Bréfritari: Jónatan Þorláksson
Viðtakandi: Jón Borgfirðings Jónsson
Dagsetning: A-1866-05-12
Skrifað á: Þórðarstöðum  S-Þing.

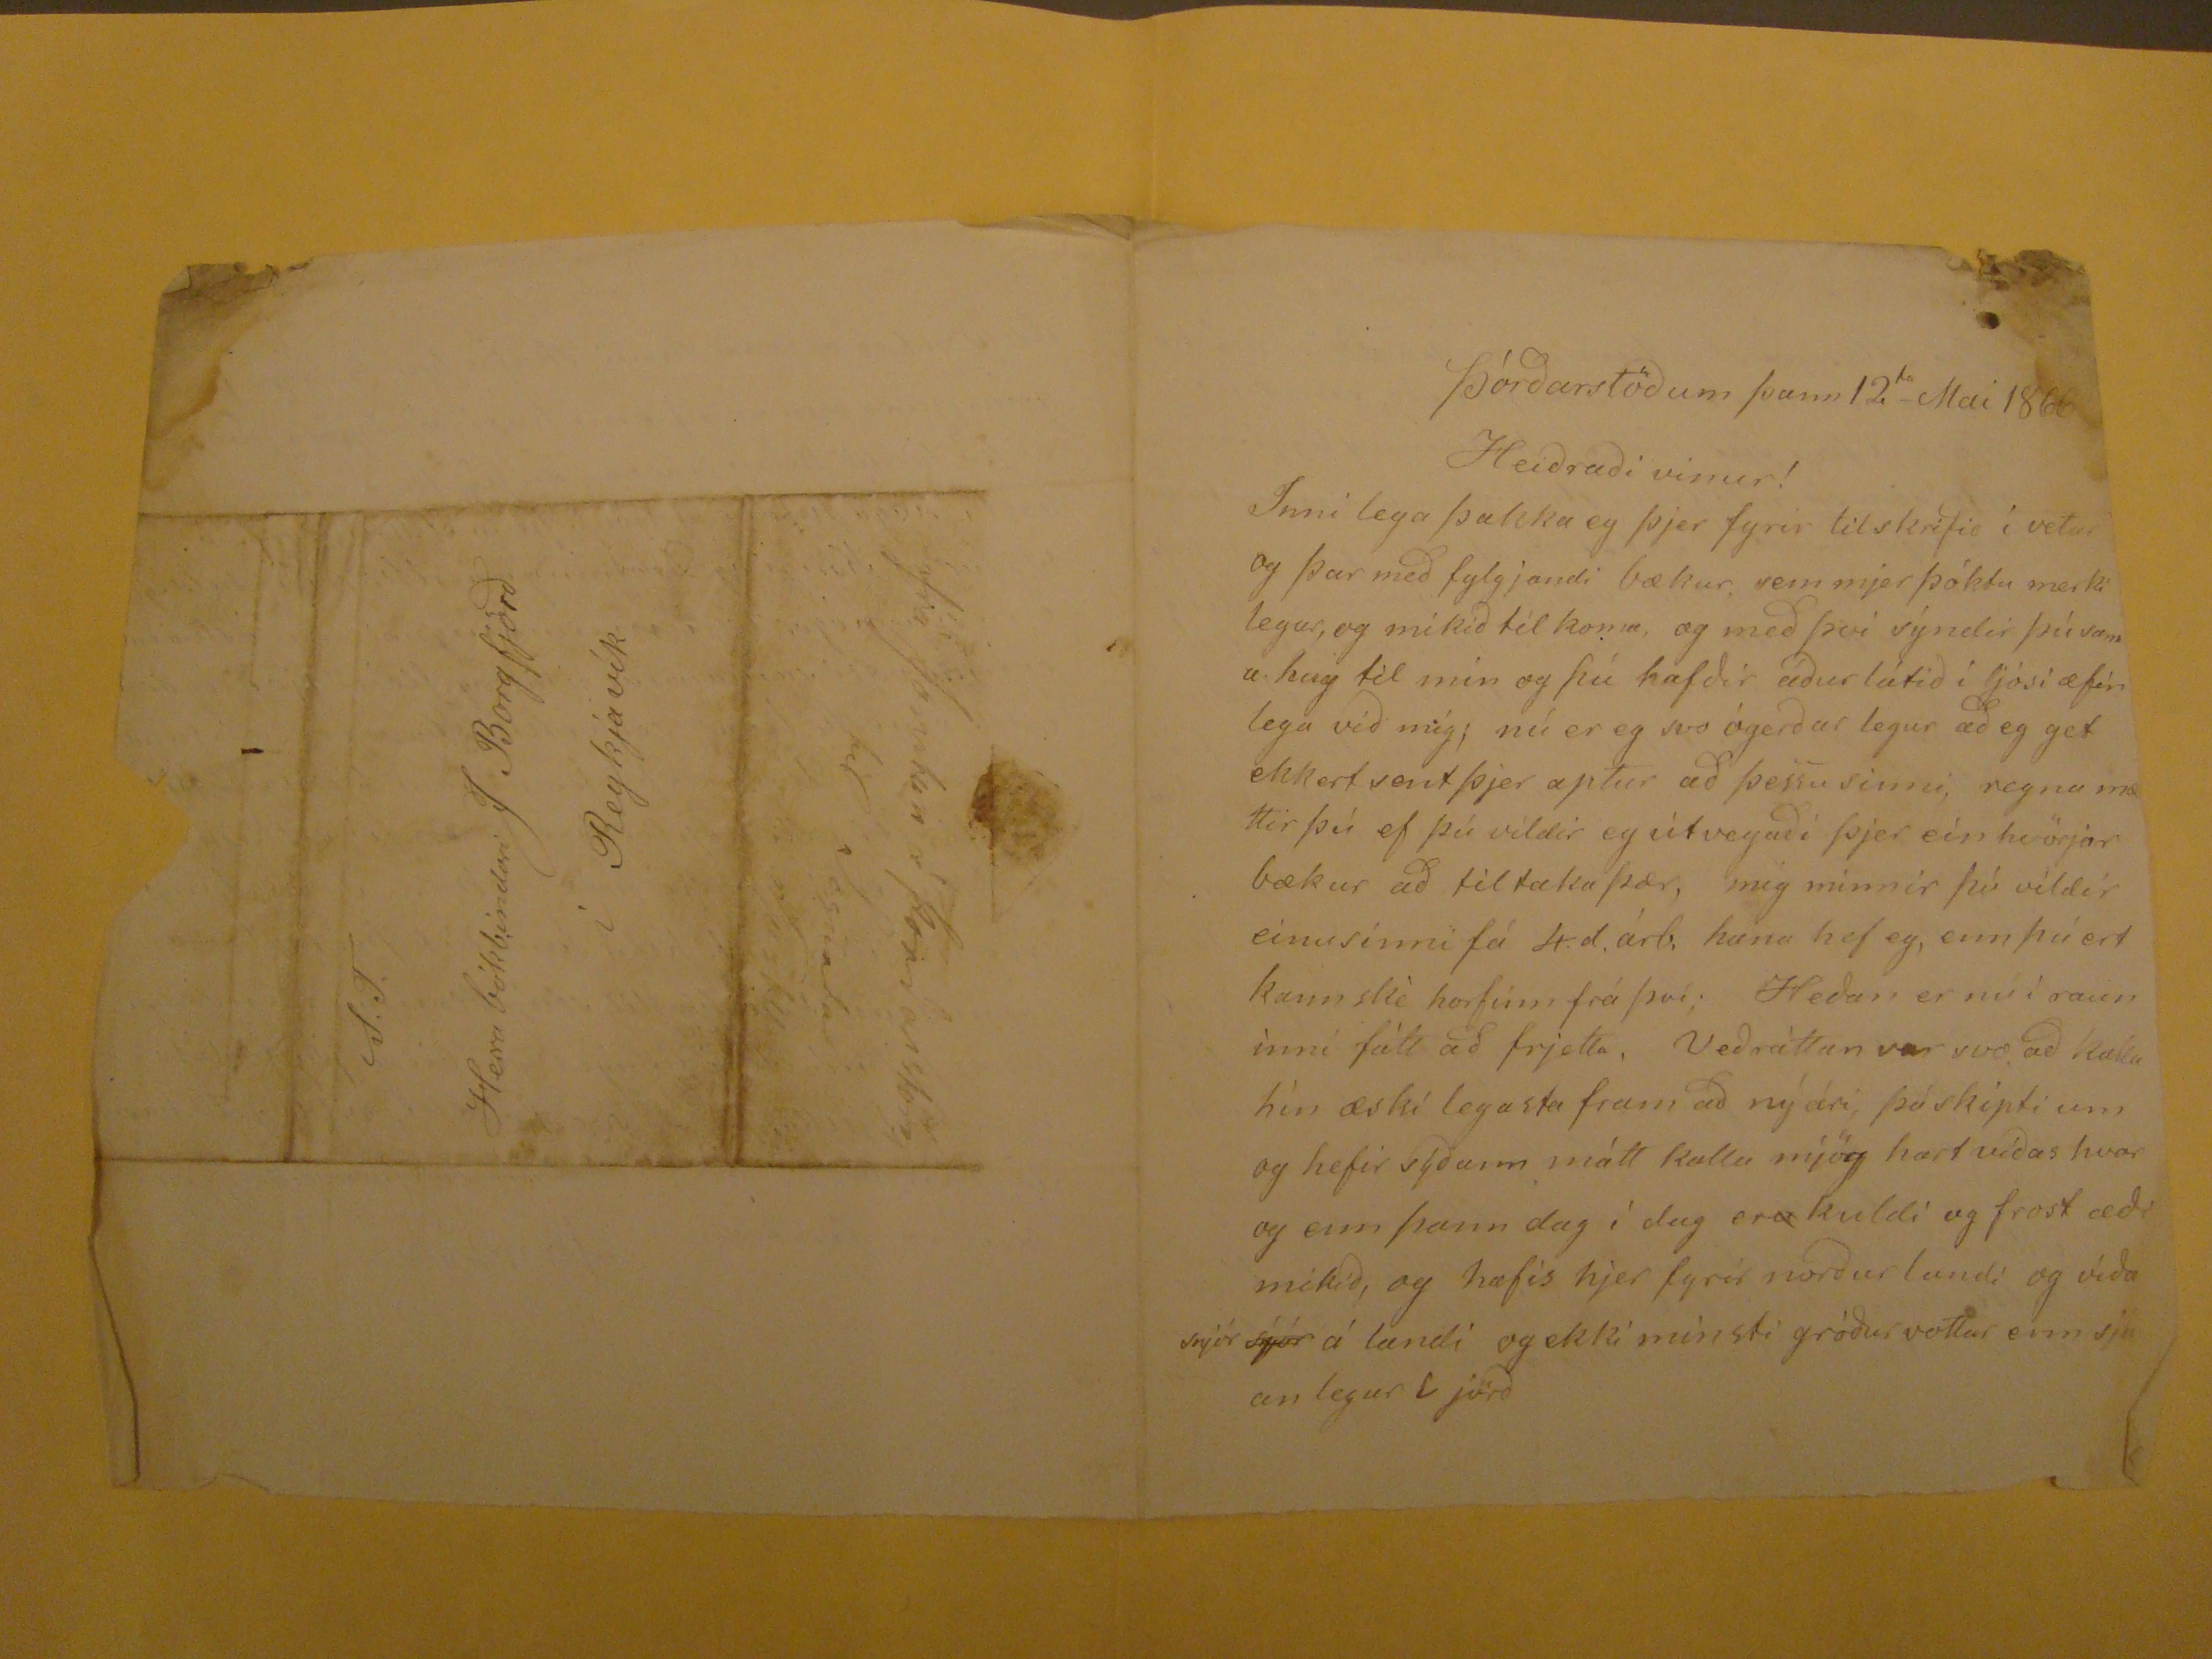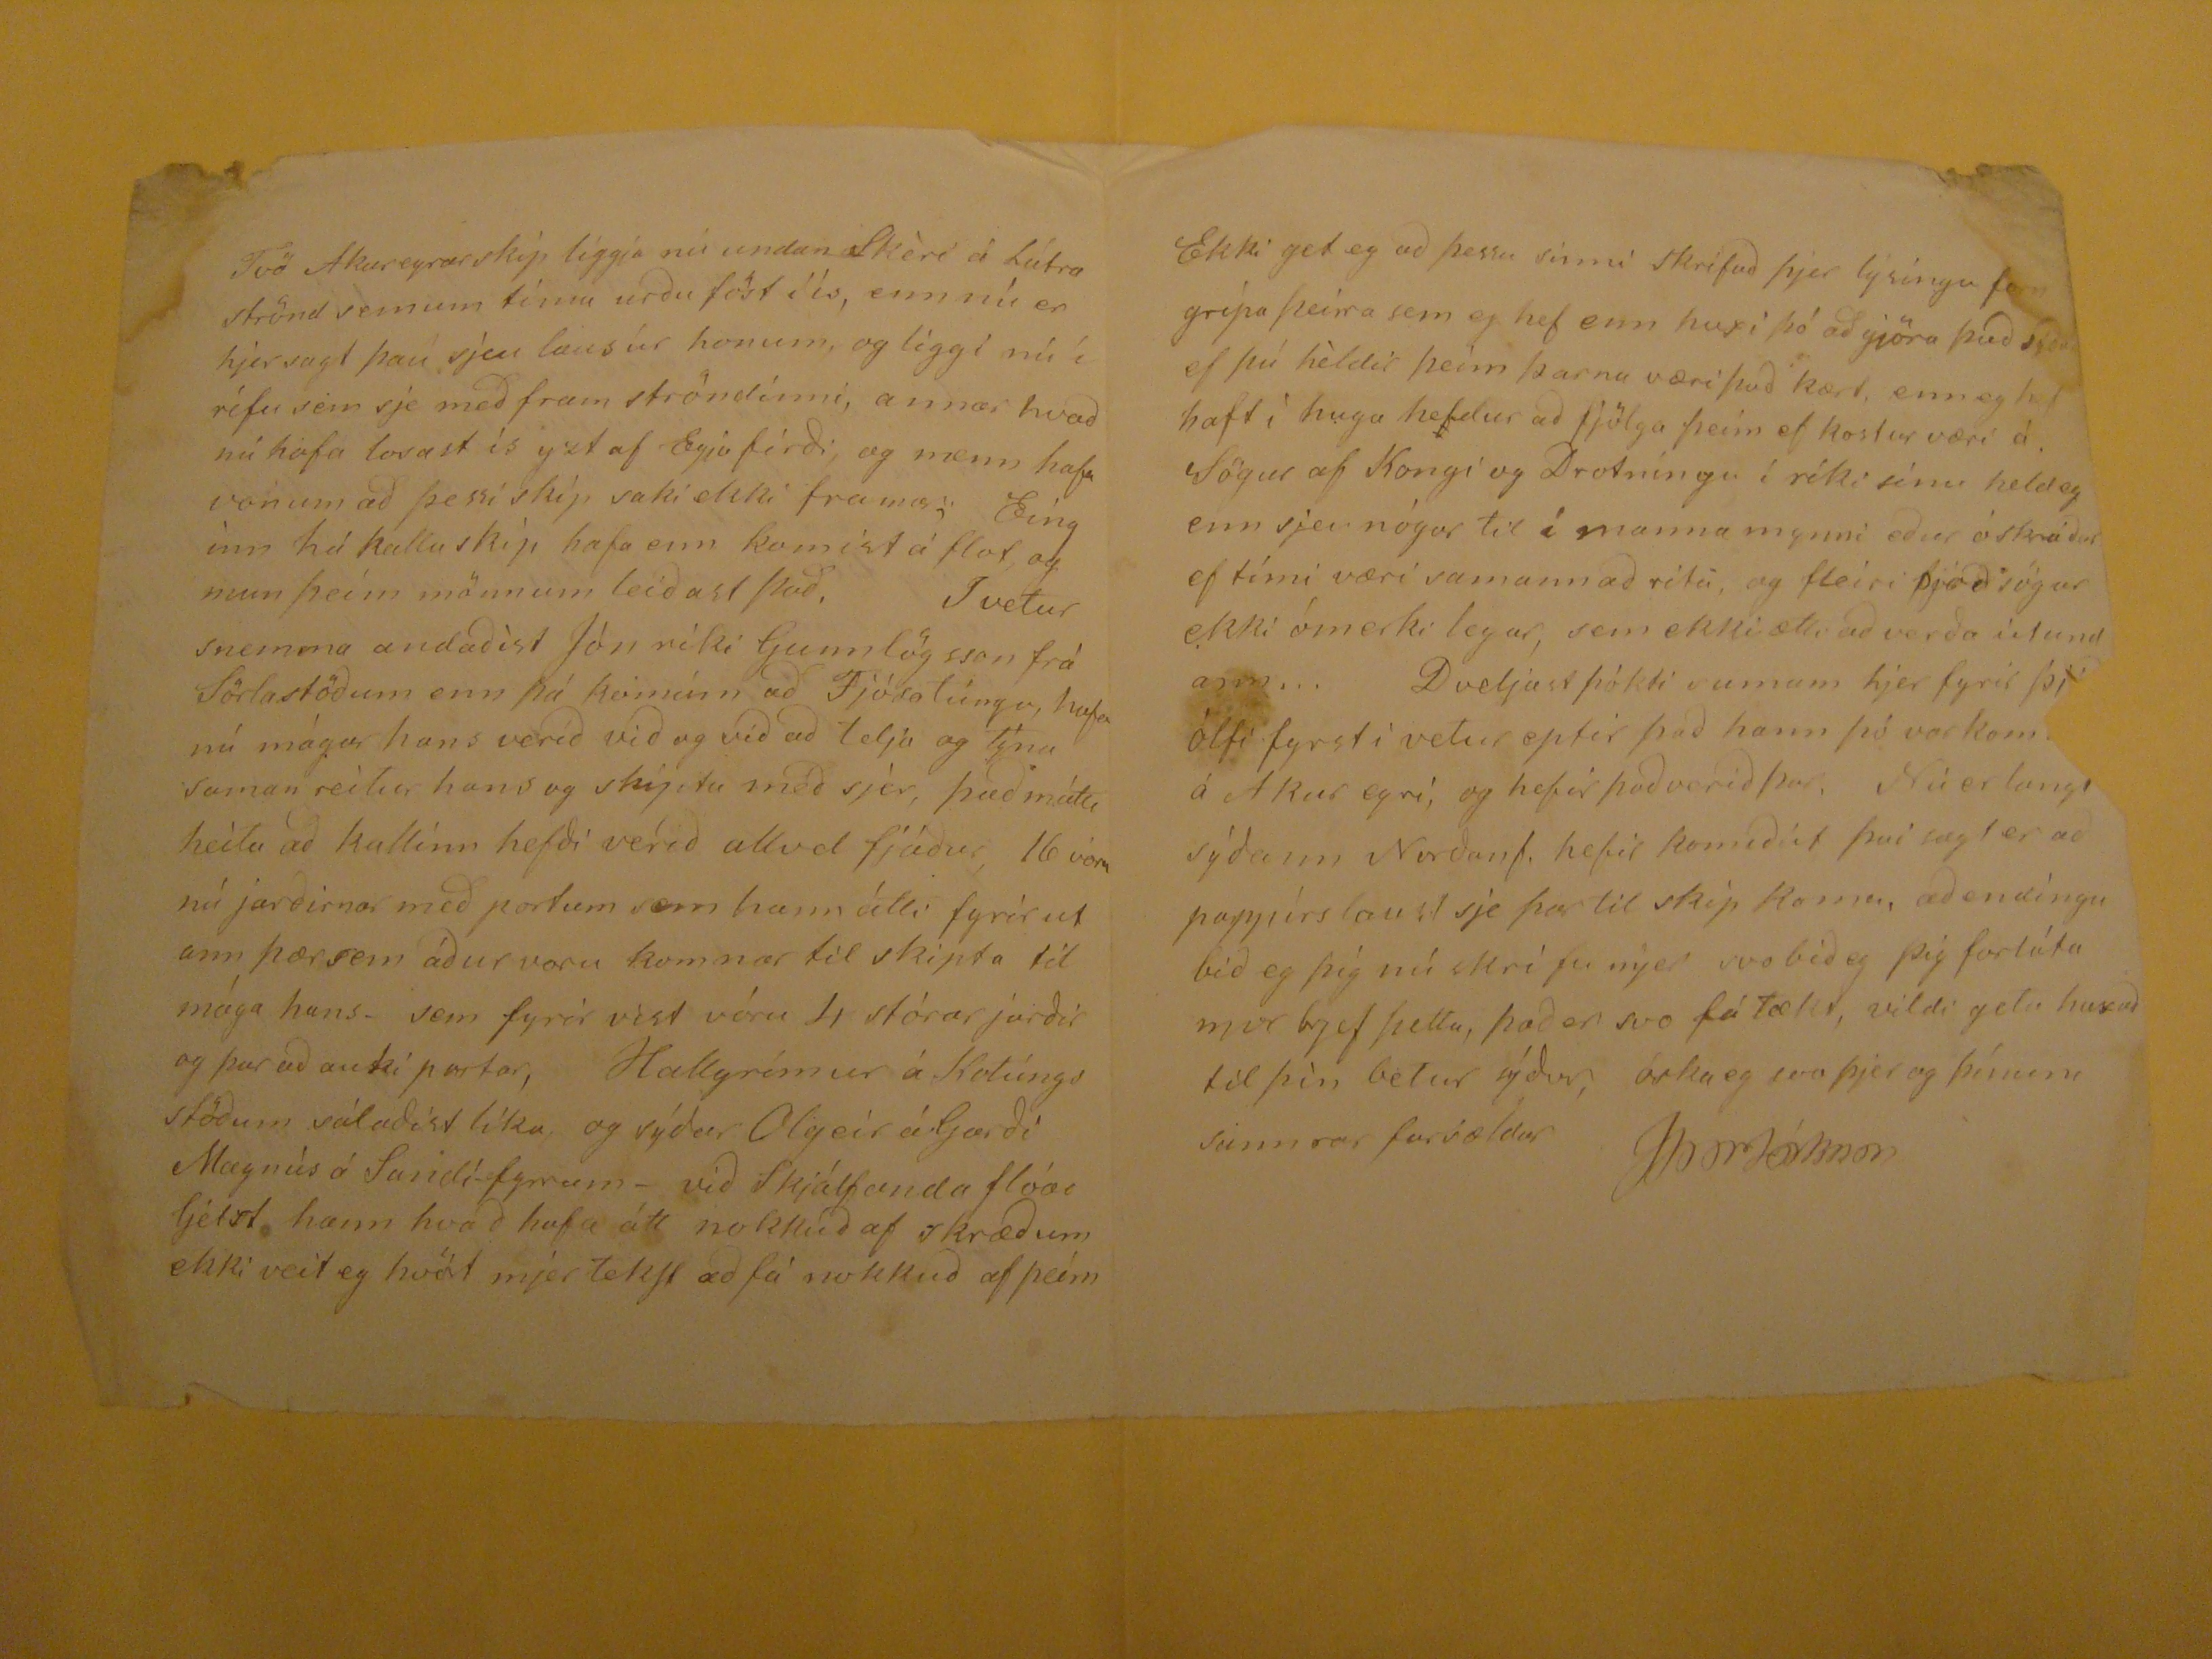

Þórðarstöðum þann 12
ta
Mai 1866
Heiðraði vinur!
Innilega þakka eg þjer fyrir tilskrifið í vetur og þar með fylgjandi bækur, sem mjer þóktu merkilegar, og mikið til koma, og með því sýndir þú sama hug til mín og þú hafðir áður látið í ljósi æfinlega við mig; nú er eg svo ógerðar legur að eg get ekkert sent þjer aptur að þessu sinni, reyna mættir þú ef þú vildir eg útvegaði þjer ein hvörjar bækur að tiltaka þær, mig minnir þú vildir einusinni fá
4.d.árb.
hana hef eg, enn þú ert kannské horifnn frá því; Heðan er nú i rauninni fátt að frjetta, Veðráttan var svo að kalla hín æskí legasta fram að nýári, þó skipti um og hefir sýðann mátt kalla jög hart víðas hvar og enn þann dag í dag er
u
kuldi og frost æði mikið, og hafis hjer fyrir norður landi og víða snjór
sjór
á landi og ekki minsti gróður vottur enn sjáanlegur í jörð
Tvö Akureyrarskip liggja nú undan Skéri á Látra strönd semum tíma urðu föst í ís, enn nú er hjersagt þau sjeu laus úr honum, og liggi nú í rífu sem sje með fram ströndinni, annar hvað nú hafa losast ís yzt af Eyjafirði, og menn hafa von um að þessi skip saki ekki framar, Einginn há kallaskip hafa enn komist á flot, og mun þeím mönnum leiðast það. I vetur snemma andaðist Jón ríki Gunnlögsson frá Sörlastöðum enn þá
komum
að Fjósatúngu, hafa nú mágar hans verið við og við að telja og
týna
saman reitur hans og skiptu með sjer, það mátti heita að kallinn hefði verið allvel fjáður, 16 voru nú jarðirnar með portum sem hann átti fyrir utann þær sem áður voru komnar til skipta til mága hans. sem fyrir víst vóru 4 stórar jarðir og þar að auki partar, Hallgrímur á Kotúngsstöðum sálaðist líka, og sýðar Olgeir á Garði Magnús á Sandi-fyrrum- við Skjálfanda flóa ljetst hann hvað hafa átt no0kkuð af skræðum ekki veit eg hvört mjer tekst að fá nokkuð af þeim
Ekki get eg að þessu sinni skrifað þjer lýsingu forngripa þeirra sem eg hef enn huxi þó að gjöra það
sýða
ef þú héldir þeim þarna væri það kært, enn eg hef haft í huga heldur að fjölga þeim ef kostur væri á. Sögur af Kongi og Drotningu í ríki sínu held eg enn sjeu nógar til í manna mynni eður óskráðar ef tími væri samannað rita, og fleiri Þjóðsögur ekki ómerki legar, sem ekki ætti að verða útundann... Dveljast þókti sumum hjer fyrir
Þjóðólfi
fyrsti vetur eptir það hann þó var kom
??
á Akureyri, og hefir það verið þar, Nú er langt sýðann Norðanf. hefir komiðút því sagt er að pappírs laust sje þar til skip koma, að endingu bið eg þig nú skrifa mjer svo bið eg þig forláta mjer brjef þetta, það er svo fátækt, vildi geta huxað til þín betur sýður, óska eg svo þjer og þínum sannrar forsældar
JÞorláksson
S.T.
Herra bókbindara J Borgfjörð
í Reykjavík